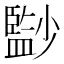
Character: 𡮻